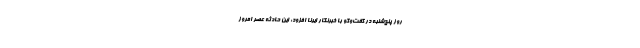
روز پنج‌شنبه در گفت‌وگو با خبرنگار ایرنا افزود: این حادثه عصر امروز